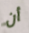
أن